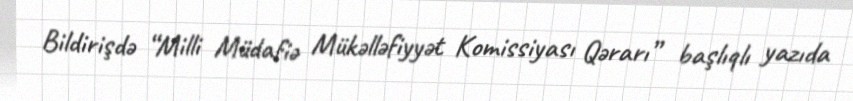
Bildirişdə “Milli Müdafiə Mükəlləfiyyət Komissiyası Qərarı” başlıqlı yazıda